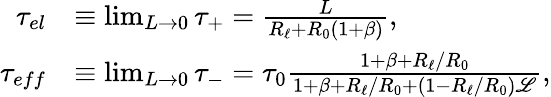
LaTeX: \begin{array}{rl}{\tau_{el}}&{\equiv\operatorname*{lim}_{L\to 0}\tau_{+}=\frac{L}{R_{\ell}+R_{0}(1+\beta)},}\\ {\tau_{eff}}&{\equiv\operatorname*{lim}_{L\to 0}\tau_{-}=\tau_{0}\frac{1+\beta+R_{\ell}/R_{0}}{1+\beta+R_{\ell}/R_{0}+(1-R_{\ell}/R_{0})\mathscr{L}},}\end{array}